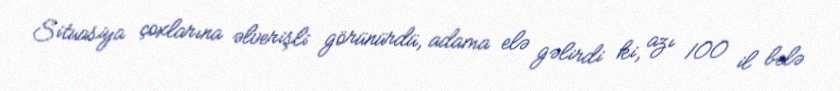
Situasiya çoxlarına əlverişli görünürdü, adama elə gəlirdi ki, azı 100 il belə